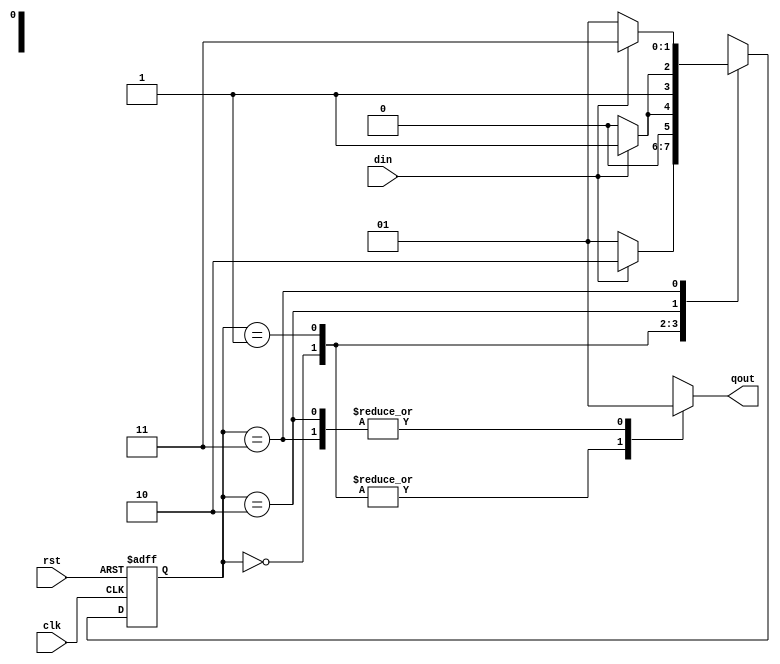
module moore (clk, rst, din, qout);
	input clk, rst, din;
	output qout;
	reg qout;
	reg [1:0] cs, ns; //next state current state

	parameter s0 = 2'b00,
              s1 = 2'b01,
              s2 = 2'b10,
              s3 = 2'b11;

	always @(posedge clk or posedge rst) begin
		if (rst)
			cs <= s0;
		else
			cs <= ns;
	end

	always @(cs or din) begin//ns case
		case (cs)
		//
		//please write your code here according to the assignment
		s0: begin
            ns = din ? s2 : s1;
        end
        s1: begin
            ns = din ? s1 : s0;
        end
        s2: begin
            ns = din ? s3 : s2;
        end
        s3: begin
            ns = din ? s3 : s1;
        end
        default: begin
            ns = s0;
        end
		//
		endcase
	end

	always @(cs) begin//qout case, only depend on current state
		case (cs)
		//
		//please write your code here according to the assignment
		s0: begin
            qout = 1'b0;
        end
        s1: begin
            qout = 1'b0;
        end
        s2: begin
            qout = 1'b1;
        end
        s3: begin
            qout = 1'b1;
        end
        default: begin
            qout = 1'b0;
        end
		//
		endcase
	end

endmodule